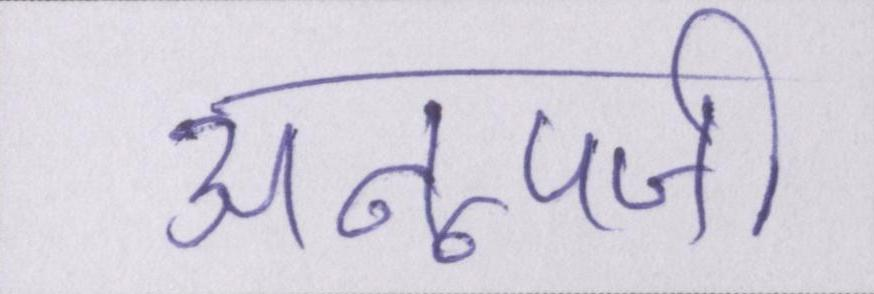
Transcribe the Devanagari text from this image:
अनूपजी